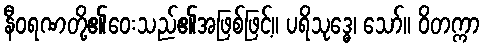
နီဝရဏတို့၏ဝေးသည်၏အဖြစ်ဖြင့်။ ပရိသုဒ္ဓေ၊ သော်။ ဝိတက္ကာ